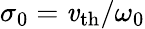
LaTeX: \sigma_{0}=\mathit{v}_{\mathrm{{th}}}/\omega_{0}